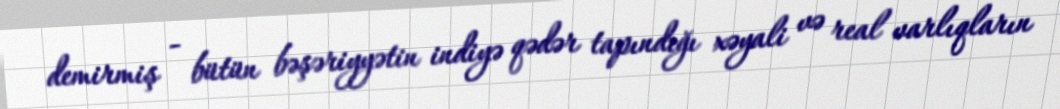
demirmiş - bütün bəşəriyyətin indiyə qədər tapındığı xəyali və real varlıqların